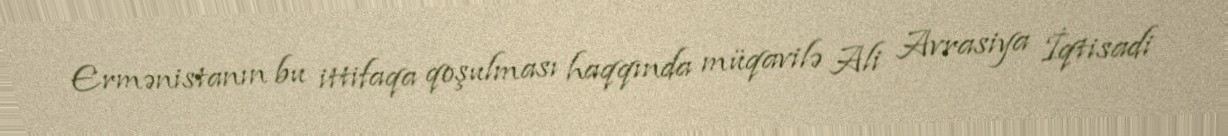
Ermənistanın bu ittifaqa qoşulması haqqında müqavilə Ali Avrasiya İqtisadi